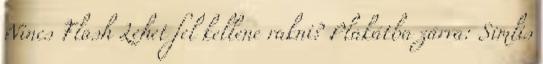
Nincs Flash Lehet fel kellene rakni? Plakátba zárva: Simlis